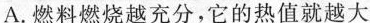
A.燃料燃烧越充分，它的热值就越大